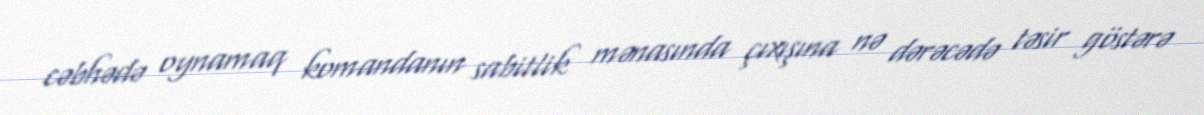
cəbhədə oynamaq komandanın sabitlik mənasında çıxışına nə dərəcədə təsir göstərə